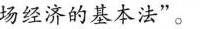
场经济的基本法”。